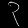
Digit: ၃